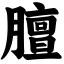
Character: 膻